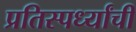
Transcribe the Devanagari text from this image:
प्रतिस्पर्ध्यांची